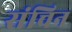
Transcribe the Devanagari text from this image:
संचिन